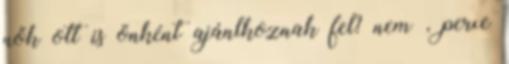
nők ott is önként ajánlkoznak fel? nem , perxe